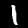
Digit: 1